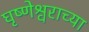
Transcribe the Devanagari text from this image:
घृष्णेश्वराच्या